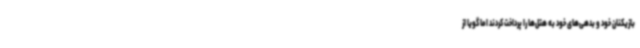
بازیکنان خود و بدهی‌های خود به هتل‌ها را پرداخت کردند اما گویا از